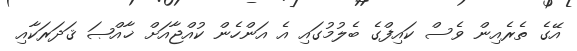
އޭގެ ތެރެއިން ވެސް ކައިފްގެ ބެލުމުގައި އެ އަންހެން ކުއްޖާއަށް ޚާއްޞަ ޤަދަރަކާއި